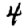
Digit: 4